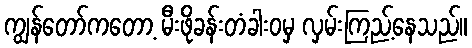
ကျွန်တော်ကတော့ မီးဖိုခန်းတံခါးဝမှ လှမ်းကြည့်နေသည်။